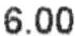
6.00